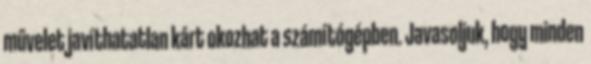
művelet javíthatatlan kárt okozhat a számítógépben. Javasoljuk, hogy minden